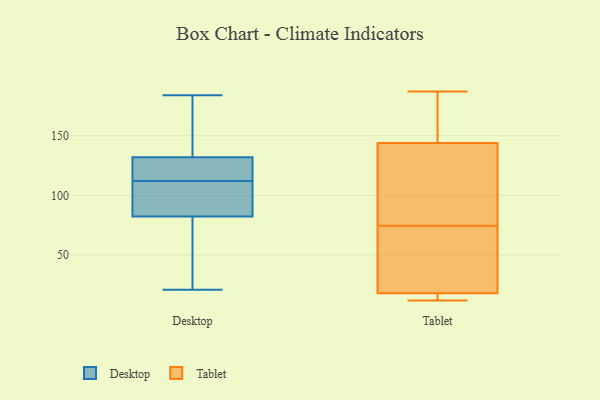
{"axis": {"x": "Churn Rate (%)", "y": "Value"}, "legend": ["Desktop", "Tablet"], "data": [{"x": "", "y": 87, "type": "Desktop"}, {"x": "", "y": 73, "type": "Desktop"}, {"x": "", "y": 129, "type": "Desktop"}, {"x": "", "y": 112, "type": "Desktop"}, {"x": "", "y": 155, "type": "Desktop"}, {"x": "", "y": 184, "type": "Desktop"}, {"x": "", "y": 133, "type": "Desktop"}, {"x": "", "y": 166, "type": "Desktop"}, {"x": "", "y": 106, "type": "Desktop"}, {"x": "", "y": 21, "type": "Desktop"}, {"x": "", "y": 83, "type": "Desktop"}, {"x": "", "y": 82, "type": "Desktop"}, {"x": "", "y": 123, "type": "Desktop"}, {"x": "", "y": 54, "type": "Desktop"}, {"x": "", "y": 115, "type": "Desktop"}, {"x": "", "y": 109, "type": "Tablet"}, {"x": "", "y": 147, "type": "Tablet"}, {"x": "", "y": 22, "type": "Tablet"}, {"x": "", "y": 16, "type": "Tablet"}, {"x": "", "y": 12, "type": "Tablet"}, {"x": "", "y": 98, "type": "Tablet"}, {"x": "", "y": 144, "type": "Tablet"}, {"x": "", "y": 157, "type": "Tablet"}, {"x": "", "y": 116, "type": "Tablet"}, {"x": "", "y": 18, "type": "Tablet"}, {"x": "", "y": 51, "type": "Tablet"}, {"x": "", "y": 51, "type": "Tablet"}, {"x": "", "y": 187, "type": "Tablet"}, {"x": "", "y": 13, "type": "Tablet"}]}